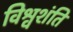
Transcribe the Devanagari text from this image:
विश्वशंति